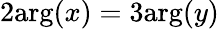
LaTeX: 2\mathrm{arg}(x)=3\mathrm{arg}(y)